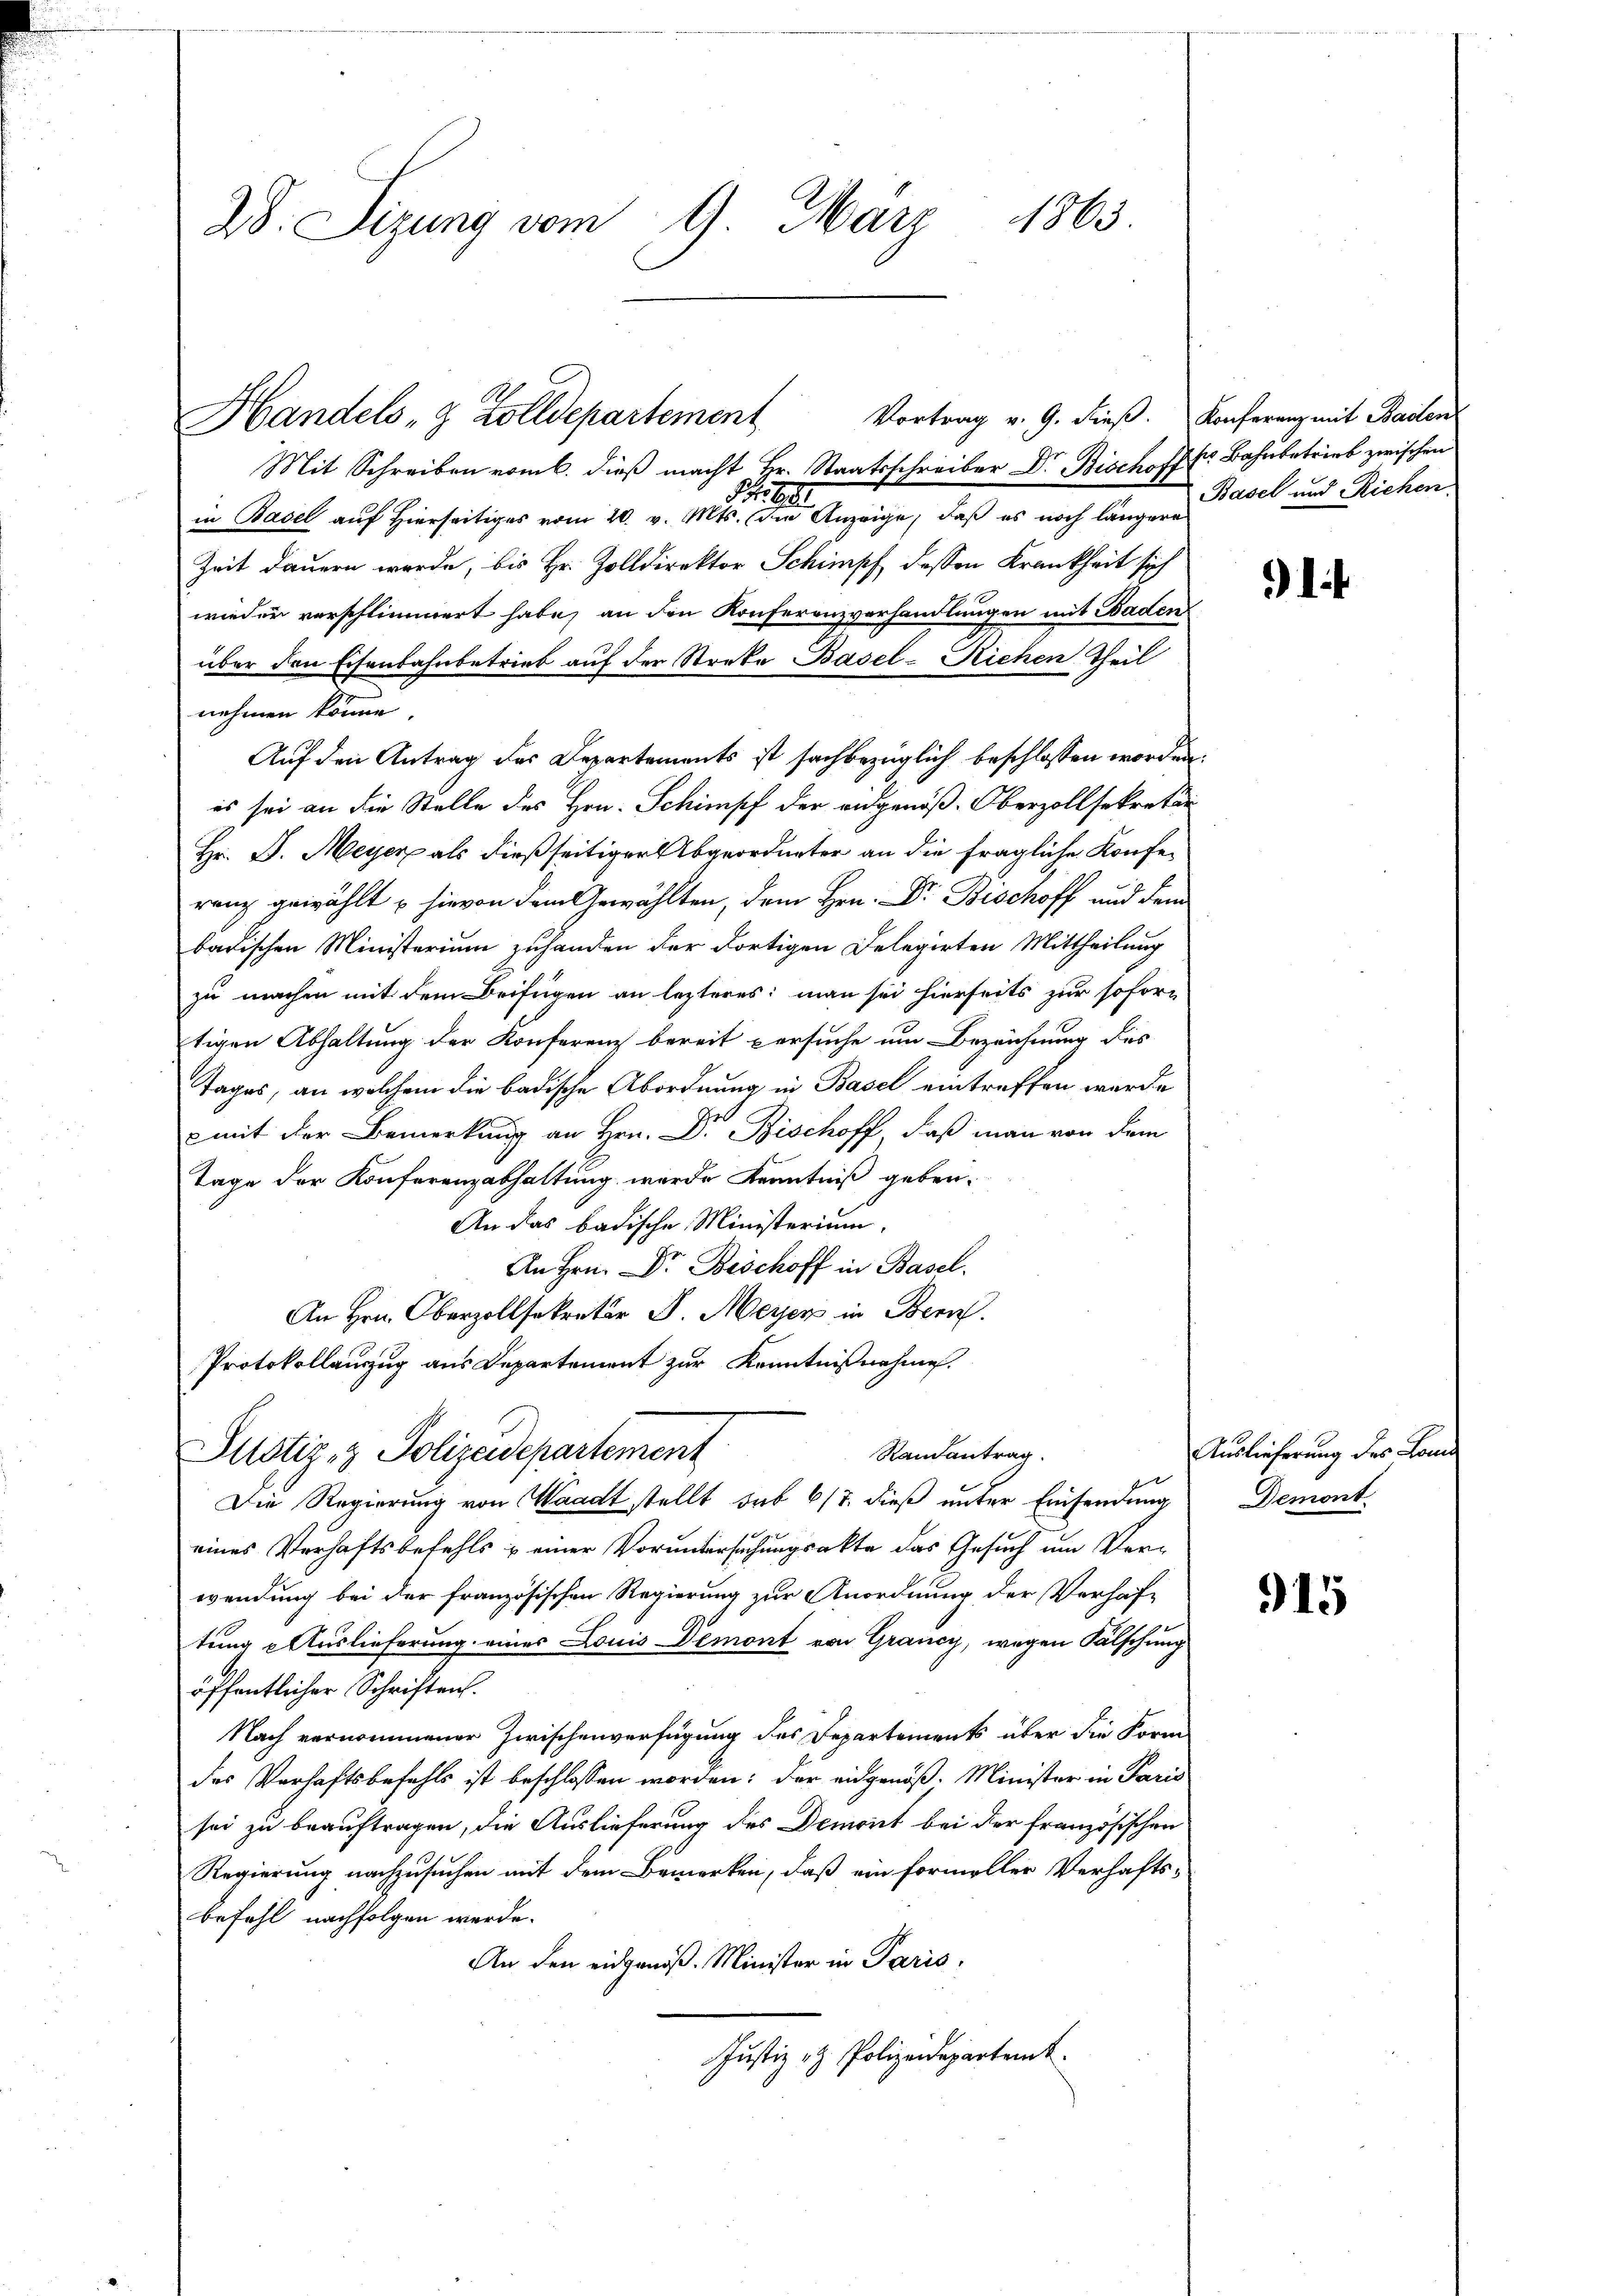
28. Sizung vom 9. März 1863.

Mit Schreiben vom 6. dieß macht Hr. Staatsschreiber Dr. Bischoff Bahnbetrieb zwischen
in Basel auf Hierseitig vom 20. v.
die Anzeige, daß es noch längere
Zeit dauern werde, bis Hr. Zolldirektor Schimpf dessen Krankheit sich
wieder verschlimmert habe, an den Konferenzverhandlungen mit Baden
über den Eisenbahnbetrieb auf der Streke Basel-Richen Theil
nehmen könne.
Auf den Antrag des Departements ist sachbezüglich beschlossen worden.
es sei an die Stelle des Hrn. Schimpf der eidgenöß-Oberzollsekretär
Hr. D. Meyer als dießseitiger Abgeordneter an die fragliche Konferanz gewählt u. hievon dem Gewählten, dem Hrn. Dr. Bischoff und dem
badischen Ministerium zuhanden der dortigen Delegirten Mittheilung
zu machen mit dem Beifügen an lezteres: man sei hierseits zur sofortigen Abhaltung der Konferenz bereit versuche um Bezeichnung des
Tages, an welchem die badische Abordnung in Basel eintreffen werde
 mit der Bemerkung an Hrn. D. Bischoff, daß man von dem
Tage der Konferenzabhaltung wurde Kenntniß geben.
An das badische Ministerium.
An Hrn. Dr. Beschoff in Basel.
An Hrn. Oberzollsekretär J. Meyer in Bern.
Protokollauszug aus Departement zur Kenntnißnahme.
Randantrag
Justiz- & Polizeidepartement
e
Die Regierung von Waadt stellt sub 6/7. dieß unter Einsendung
eines Verhaftsbefehls & einer Voruntersuchungsakte das Gesuch um Verwendung bei der französischen Regierung zur Anordnung der Verhaf-
tung Auslieferung eines Louis Demont von Graucy, wegen Fälschung
öffentlicher Schriften.
Nach vernommener Zwischenverfügung des Departements über die Form
des Verhaftsbefehls ist beschlossen worden: der eidgenöß. Minister in Paris
sei zu beauftragen, die Auslieferung des Demont bei der französischen
Regierung nachzusuchen mit dem Bemerken, daß ein formeller Verhafts-
befehl nachfolgen werde.
An den eidgenöß. Minister in Paris,
Justiz- & Polizeidepartemt.

Handels- & Zolldepartement

Vortrag v. 9. dieß. Konferenz mit Bailen

Basel und Richen.

1f

Auslieferung des Lande
Demont

915